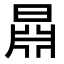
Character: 𣉦